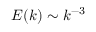
E ( k ) \sim k ^ { - 3 }